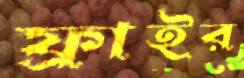
ফ্রাইর